Lock hospitals Punjab
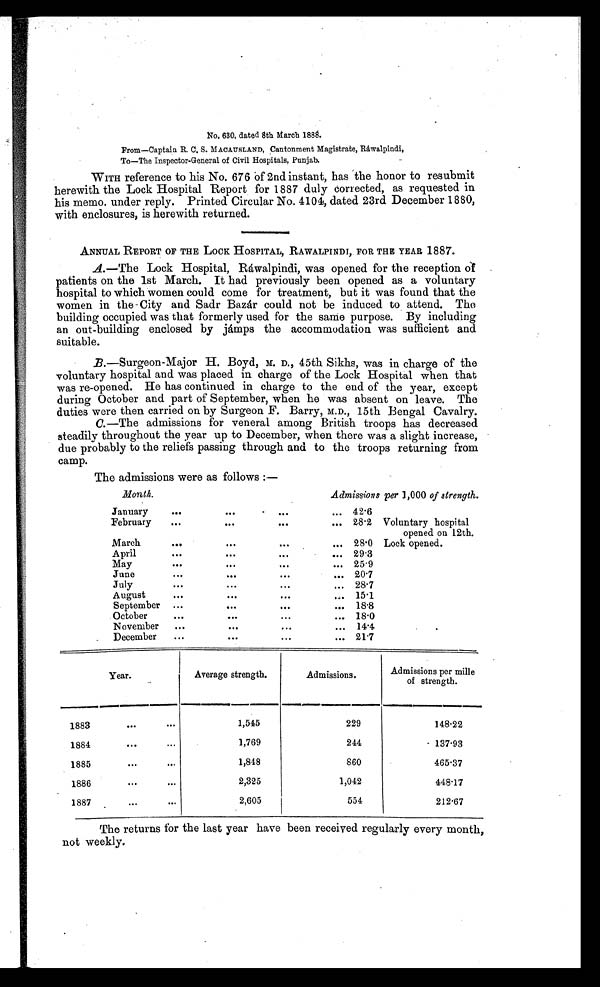
No. 630, dated 8th March 1888.
Fr o m—Ca p t a i n R. C. S. MACAUSL AND, Ca n t o n me n t Ma g i s t r a t e , Ráwa l p i n d i ,
To—The Inspector-General of Civil Hospitals, Punjab.
WITH reference to his No. 676 of 2nd instant, has the honor to resubmit
herewith the Lock Hospital Report for 1887 duly corrected, as requested in
his memo. under reply. Printed Circular No. 4104, dated 23rd December 1880,
with enclosures, is herewith returned.
ANNUAL REPORT OF THE LOCK HOSPITAL, RAWALPINDI, FOR THE YEAR 1887.
A.—The Lock Hospital, Ráwalpindi, was opened for the reception of
patients on the 1st March. It had previously been opened as a voluntary
hospital to which women could come for treatment, but it was found that the
women in the-City and Sadr Bazár could not be induced to attend. The
building occupied was that formerly used for the same purpose. By including
an out-building enclosed by jámps the accommodation was sufficient and
suitable.
B.—Surgeon-Major H. Boyd, M. D., 45th Sikhs, was in charge of the
voluntary hospital and was placed in charge of the Lock Hospital when that
was re-opened. He has continued in charge to the end of the year, except
during October and part of September, when he was absent on leave. The
duties were then carried on by Surgeon F. Barry, M.D., 15th Bengal Cavalry.
C.—The admissions for veneral among British troops has decreased
steadily throughout the year up to December, when there was a slight increase,
due probably to the reliefs passing through and to the troops returning from
camp.
The admissions were as follows :—
Month.
Admissions per 1,000 of strength.
January
. . .
. . .
. . .
... 42.6
February
. . .
. . .
. . .
. . .
28.2 Voluntary hospital
opened on 12th.
Lock opened.
March
. . .
. . .
. . .
. . .
28.0
April
. . .
...
...
... 29.3
May
. . .
. . .
...
... 25.9
June
...
. . .
...
. . .
20.7
July
. . .
. . .
. . .
. . . 28.7
August
...
. . .
...
... 15.1
September ...
. . .
. . .
... 18.8
October
. . .
. . .
. . .
... 18.0
November
...
. . .
...
... 14.4
December
. . .
...
...
... 21.7
Year.
Average strength.
Admissions.
Admissions per mille
of strength.
1883
. . .
. . .
1,545
229
148.22
1884
. . .
. . .
1,769
244
137.93
1885
. . .
...
1,848
860
465.37
1886
. . .
...
2,325
1,042
448.17
1887
. . .
...
2,605
554
212.67
The returns for the last year have been received regularly every month,
not weekly.